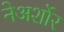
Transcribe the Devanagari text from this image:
नेअर्शोर